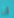
أنا